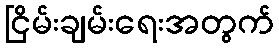
ငြိမ်းချမ်းရေးအတွက်